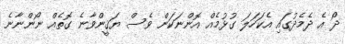
ދޯ އެ ދެމެދުގައި އެކަހަލަ ގުޅުމެއް އޮންނަކަން ވެސް ޔަޤީންވާނެ ގޮތެއް ނޯންނާނެ